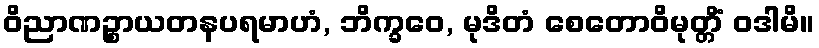
ဝိညာဏဉ္စာယတနပရမာဟံ, ဘိက္ခဝေ, မုဒိတံ စေတောဝိမုတ္တိံ ဝဒါမိ။